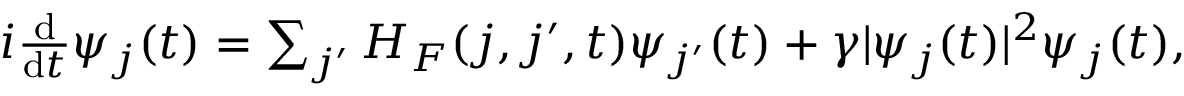
\begin{array} { r } { i \frac { \mathrm d } { \mathrm d t } \psi _ { j } ( t ) = \sum _ { j ^ { \prime } } H _ { F } ( j , j ^ { \prime } , t ) \psi _ { j ^ { \prime } } ( t ) + \gamma | \psi _ { j } ( t ) | ^ { 2 } \psi _ { j } ( t ) , } \end{array}